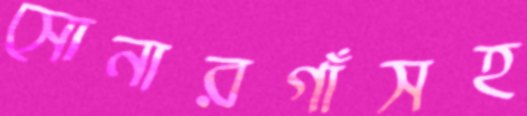
সোনারগাঁসহ